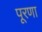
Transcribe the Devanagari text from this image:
पूरणा